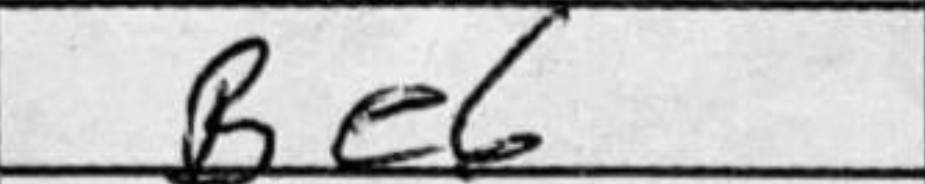
Transcription: Be6